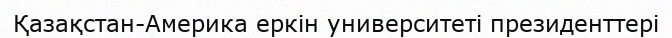
Қазақстан-Америка еркін университеті президенттері